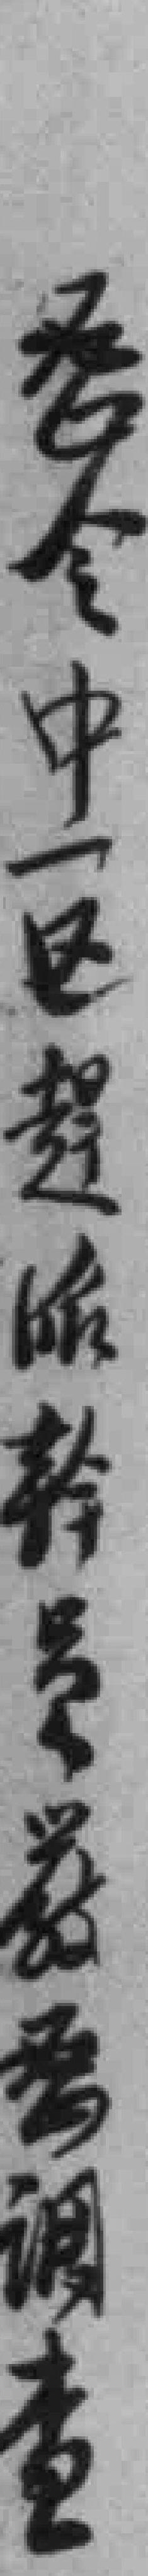
*令中一区趕派幹員嚴*調查